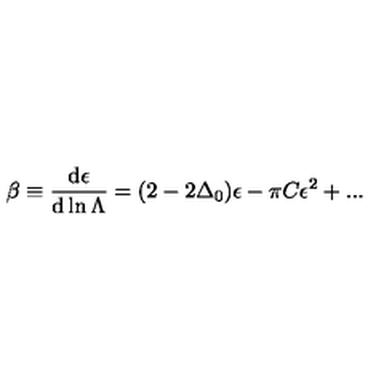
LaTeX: \beta \equiv { \frac { \mathrm { d } \epsilon } { \mathrm { d } \ln \Lambda } } = ( 2 - 2 \Delta _ { 0 } ) \epsilon - \pi C \epsilon ^ { 2 } + . . .